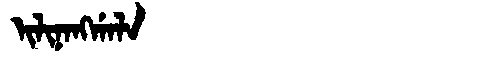
Manchu: ᡳᠯᡳᠨᠠᠩᡤᠠᠯᠠ
Romanization: ILINANGGALA